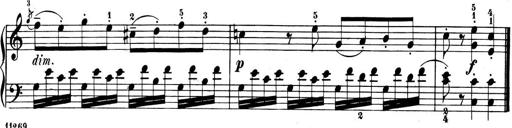
Title: 6 Piano Sonatinas
Composer: Cornelius Gurlitt